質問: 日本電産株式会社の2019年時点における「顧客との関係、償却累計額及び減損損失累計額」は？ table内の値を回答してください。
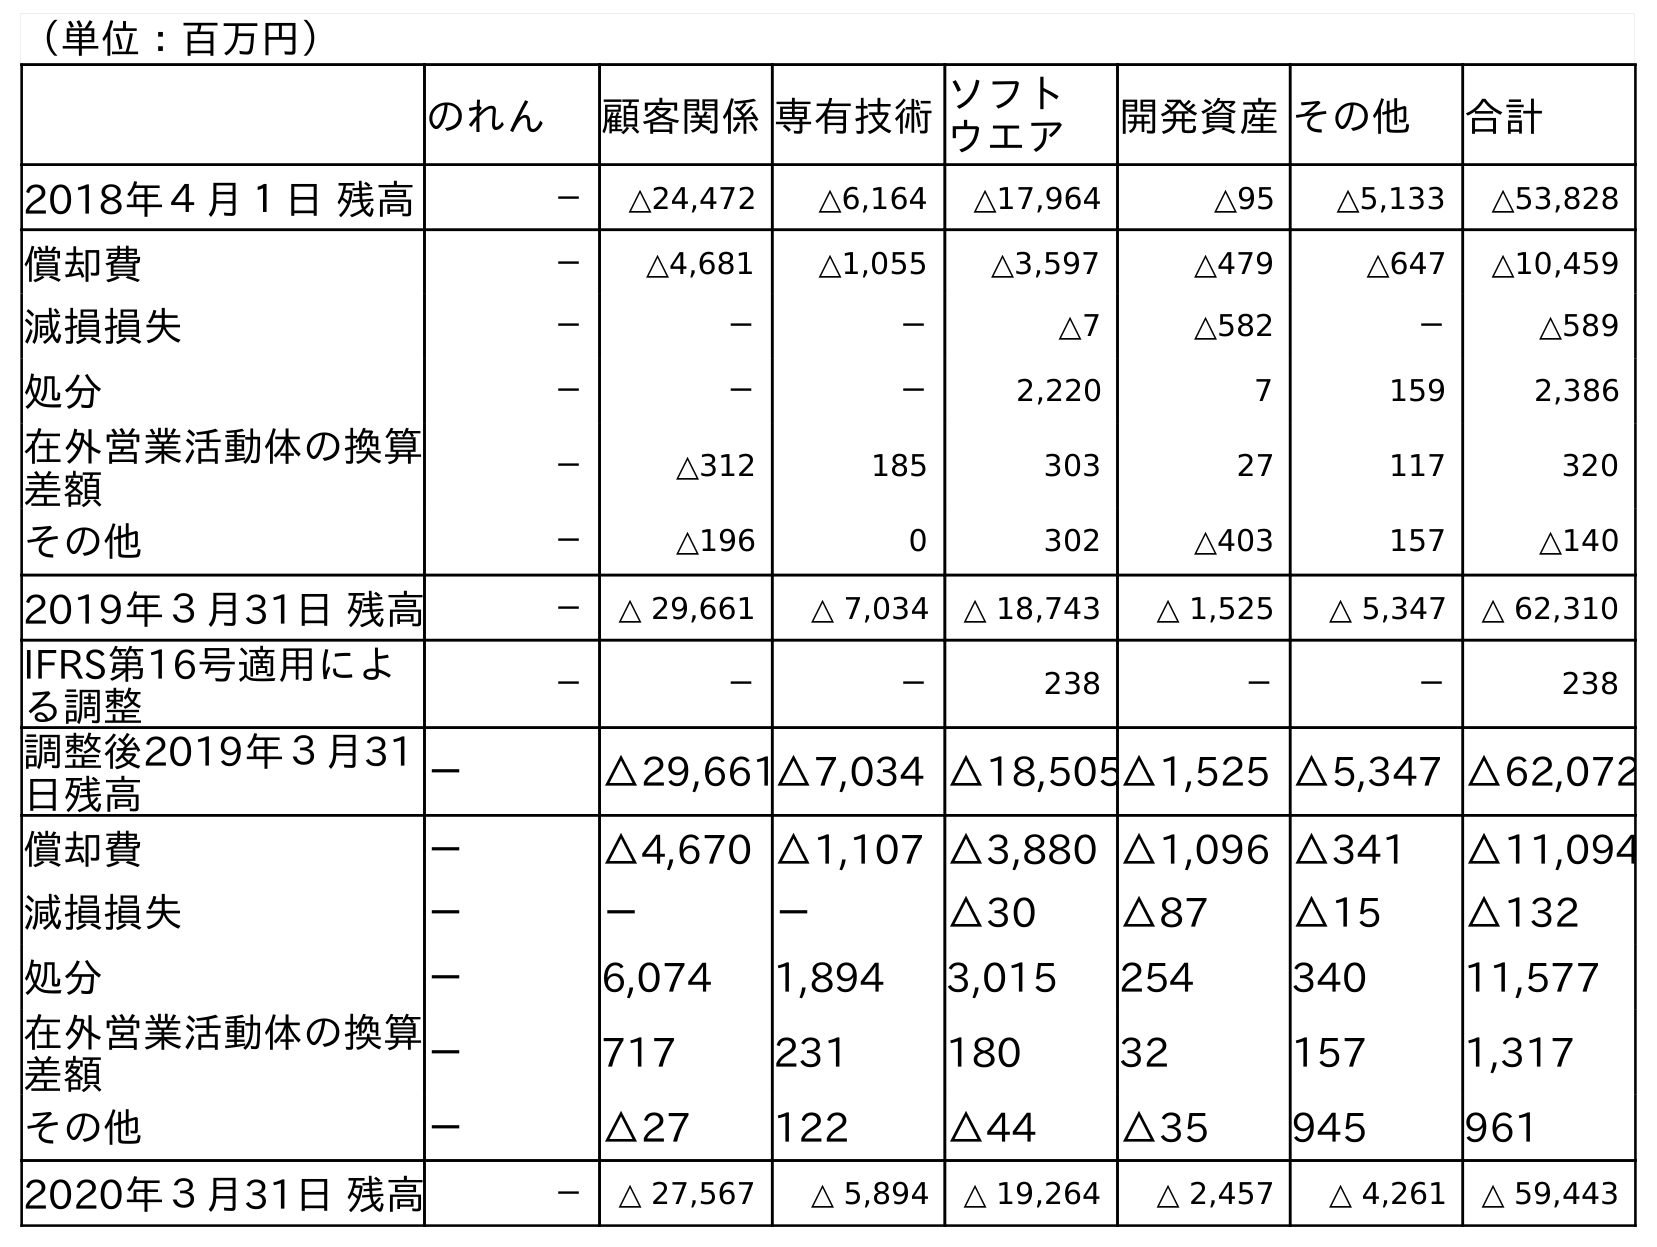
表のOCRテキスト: （単位：百万円） のれん 顧客関係専有技術ソフト ウエア 開発資産その他 合計 2018年４月１日 残高 － △24,472 △6,164 △17,964 △95 △5,133 △53,828 償却費 － △4,681 △1,055 △3,597 △479 △647 △10,459 減損損失 － － － △7 △582 － △589 処分 － － － 2,220 7 159 2,386 在外営業活動体の換算 差額 － △312 185 303 27 117 320 その他 － △196 0 302 △403 157 △140 2019年３月31日 残高 － △ 29,661 △ 7,034 △ 18,743 △ 1,525 △ 5,347 △ 62,310 IFRS第16号適用によ る調整 － － － 238 － － 238 調整後2019年３月31 日残高 － △29,661△7,034 △18,505△1,525 △5,347 △62,072 償却費 － △4,670 △1,107 △3,880 △1,096 △341 △11,094 減損損失 － － － △30 △87 △15 △132 処分 － 6,074 1,894 3,015 254 340 11,577 在外営業活動体の換算 差額 － 717 231 180 32 157 1,317 その他 － △27 122 △44 △35 945 961 2020年３月31日 残高 － △ 27,567 △ 5,894 △ 19,264 △ 2,457 △ 4,261 △ 59,443
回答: △29,661